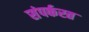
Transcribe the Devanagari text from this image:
संपर्करत